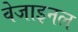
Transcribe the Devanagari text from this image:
वेजाइनल